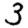
Digit: 3